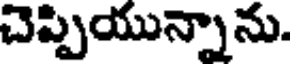
చెప్పియున్నాను.